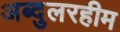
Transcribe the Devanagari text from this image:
अब्दुलरहीम